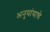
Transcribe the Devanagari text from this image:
अनुयांयाचे